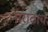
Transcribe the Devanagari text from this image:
मराठाच